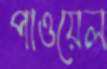
পাওয়েল